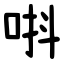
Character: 唞